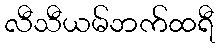
လီသီယမ်ဘက်ထရီ